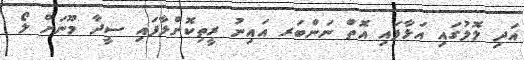
އަދި ލޮލުގައި އަޅާފައި އޮތް ނަންބަރ އައިނު ރީތިކޮށްލާފައި ސީދާ މޫނަށް ލޯ